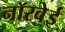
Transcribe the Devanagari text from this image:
नॉरवेई